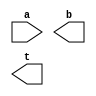
////////////////////////////////////////////////////////////////////////////////
//
//       This confidential and proprietary software may be used only
//     as authorized by a licensing agreement from Synopsys Inc.
//     In the event of publication, the following notice is applicable:
//
//                    (C) COPYRIGHT 2004 - 2018 SYNOPSYS INC.
//                           ALL RIGHTS RESERVED
//
//       The entire notice above must be reproduced on all authorized
//     copies.
//
//
// VERSION:   Simulation Architecture
//
// DesignWare_version: ff2476a0
// DesignWare_release: O-2018.06-DWBB_201806.3
//
////////////////////////////////////////////////////////////////////////////////
//-------------------------------------------------------------------------------
//
// ABSTRACT: Inverse square-root B=(A)^{-1/2}
//           Computes the reciprocal of the square-root of A using a
//           digit recurrence algorithm. The recurrence equation is
//           W[j+1]=2W[j]-(2P[j]+A2^{-j-1})q_{j+1}
//           where P[j+1]=P[j]+Aq_{j+1}2^{-j-1}, and q_j is a bit.
//           The output is composed by the q_j bits as:
//                B=1.q_1q_2q_3....q_n
//           Input A must be in the range 1/4 < A < 1
//           Output B is in the range 1 < B < 2,  and t is the sticky bit
//           The prec_control parameter defines the number of bits that must
//           be discarded from the extra_bits used internally
//
// MODIFIED:
//           7/23/2015: Streamlined model
//           1/30/2007: Modified upper bound of prec_control and fixed problems
//                      when prec_control is not zero.
//           5/2010: allowed the use of negative prec_control and adjusted the 
//                   value of internal precision for some a_width values
//
//-------------------------------------------------------------------------------

module DW_inv_sqrt (a, b, t);
  parameter integer a_width=8;
  parameter integer prec_control=0;

  input [a_width-1:0] a;
   
  output [a_width-1:0] b;
  output t;

// synopsys translate_off
     
//-------------------------------------------------------------------------
// Parameter legality check
//-------------------------------------------------------------------------
    
 
  initial begin : parameter_check
    integer param_err_flg;

    param_err_flg = 0;
    
    
    if (a_width < 2) begin
      param_err_flg = 1;
      $display(
	"ERROR: %m :\n  Invalid value (%d) for parameter a_width (lower bound: 2)",
	a_width );
    end
    
    if ( (prec_control > (a_width-2)/2) ) begin
      param_err_flg = 1;
      $display(
	"ERROR: %m : Invalid value for parameter prec_control (upper bound: (a_width-2)/2)" );
    end
    
    if ( param_err_flg == 1) begin
      $display(
        "%m :\n  Simulation aborted due to invalid parameter value(s)");
      $finish;
    end

  end // parameter_check 
  

`define extra_bits (a_width/2 + ((a_width==7)?1+((prec_control<0)?-prec_control:0):((a_width > 21 && a_width < 36)?3+((prec_control<0)?-prec_control:0):((a_width >= 36)?a_width/4+((prec_control<0)?-prec_control:0):((prec_control<0)?-prec_control:0)))))

reg [a_width-1:0] b_var;
reg               t_var;

localparam [a_width-1+`extra_bits:0] zero_vector = 0;
localparam [`extra_bits-1:0] zero_extra_vector = 0;
 
  
  always @ (a) begin : mk_inv_sqrt_PROC
    reg [a_width+1+`extra_bits:0] w_array  [a_width:0];
    reg [a_width+1+`extra_bits:0] p_array  [a_width:0];
    reg [a_width+1+`extra_bits:0] p_array1 [a_width:0];
    reg [a_width+1+`extra_bits:0] p_array2 [a_width:0];
    reg [a_width+1+`extra_bits:0] x_array  [a_width:0];
    reg [a_width+2+`extra_bits:0] wtemp;
    integer index;
    integer lsbits_deleted;

    w_array[0] = ({2'b01,zero_vector} - {2'b00,a,zero_extra_vector});
    p_array[0] = {2'b00,a,zero_extra_vector};
    x_array[0] = {2'b00,a,zero_extra_vector};
    b_var[a_width-1] = 1'b1;

    if (prec_control > 0)
      lsbits_deleted = prec_control;
    else
      lsbits_deleted = 0;
    
    for (index = 0; index < a_width-1; index=index+1)
      begin
	x_array[index+1] =  ( x_array[index] >> (1+lsbits_deleted) ) << lsbits_deleted;
	p_array1[index] = (((p_array[index] << 1) + x_array[index+1])>>lsbits_deleted) << lsbits_deleted;
	p_array2[index] = ((p_array[index] + x_array[index+1]) >> lsbits_deleted) << lsbits_deleted;
	wtemp = {w_array[index],1'b0} - {1'b0,p_array1[index]};
	b_var[a_width-index-2] = ~(wtemp[a_width+2+`extra_bits]);  
	if (wtemp[a_width+2+`extra_bits] == 1'b0)
	 begin
	  w_array[index+1] = wtemp;
	  p_array[index+1] = p_array2[index];
	 end
	else
	 begin
	  w_array[index+1] = w_array[index] << 1;
	  p_array[index+1] = p_array[index];
	 end
      end

    t_var = |w_array[a_width-1];
  end

// assign values to the output
assign b = ((^(a ^ a) !== 1'b0)) ? {a_width{1'bx}} : b_var;
assign t = ((^(a ^ a) !== 1'b0)) ? 1'bx : t_var;

 // synopsys translate_on

endmodule